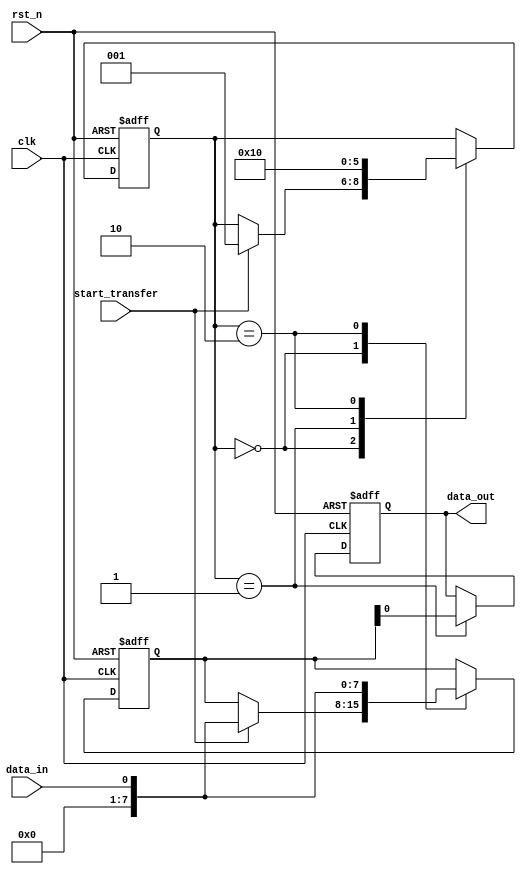
module spi_timing_control(
    input wire clk,
    input wire rst_n,
    input wire start_transfer,
    input wire data_in,
    output reg data_out
);

reg [7:0] spi_data;
reg [2:0] state;

parameter IDLE = 3'b000;
parameter TRANSMIT = 3'b001;
parameter RECEIVE = 3'b010;

always @(posedge clk or negedge rst_n) begin
    if (~rst_n) begin
        state <= IDLE;
        data_out <= 8'b0;
        spi_data <= 8'b0;
    end else begin
        case(state)
            IDLE: begin
                if (start_transfer) begin
                    state <= TRANSMIT;
                    spi_data <= data_in;
                end
            end
            TRANSMIT: begin
                state <= RECEIVE;
                data_out <= spi_data;
            end
            RECEIVE: begin
                state <= IDLE;
                spi_data <= data_in;
            end
        endcase
    end
end

endmodule